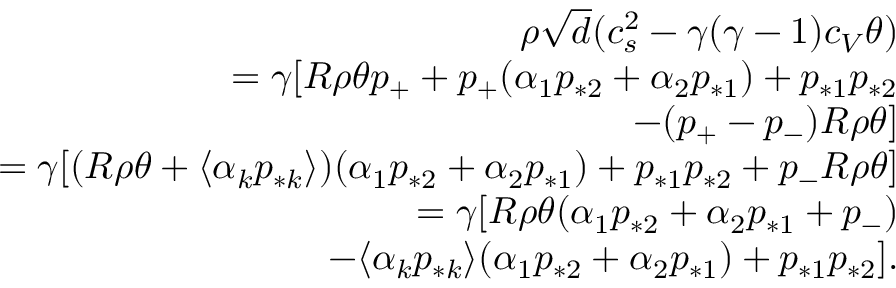
\begin{array} { r } { \rho \sqrt { d } ( c _ { s } ^ { 2 } - \gamma ( \gamma - 1 ) c _ { V } \theta ) } \\ { = \gamma [ R \rho \theta p _ { + } + p _ { + } ( \alpha _ { 1 } p _ { * 2 } + \alpha _ { 2 } p _ { * 1 } ) + p _ { * 1 } p _ { * 2 } } \\ { - ( p _ { + } - p _ { - } ) R \rho \theta ] } \\ { = \gamma [ ( R \rho \theta + \langle \alpha _ { k } p _ { * k } \rangle ) ( \alpha _ { 1 } p _ { * 2 } + \alpha _ { 2 } p _ { * 1 } ) + p _ { * 1 } p _ { * 2 } + p _ { - } R \rho \theta ] } \\ { = \gamma [ R \rho \theta ( \alpha _ { 1 } p _ { * 2 } + \alpha _ { 2 } p _ { * 1 } + p _ { - } ) } \\ { - \langle \alpha _ { k } p _ { * k } \rangle ( \alpha _ { 1 } p _ { * 2 } + \alpha _ { 2 } p _ { * 1 } ) + p _ { * 1 } p _ { * 2 } ] . } \end{array}